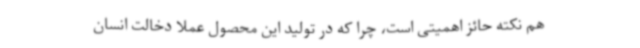
هم نکته حائز اهمیتی است، چرا که در تولید این محصول عملا دخالت انسان